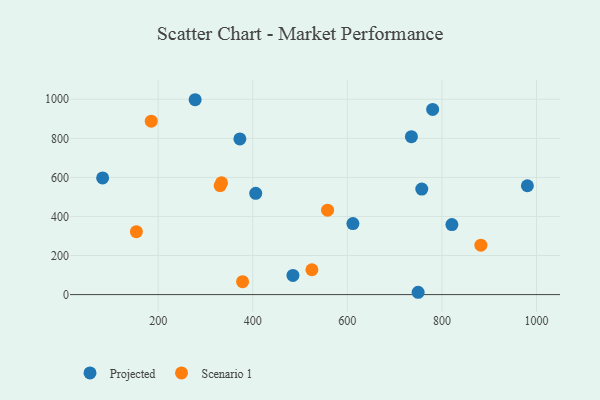
{"axis": {"x": "Engine Size", "y": "Yield"}, "legend": ["Projected", "Scenario 1"], "data": [{"x": "980.7", "y": 557.3, "type": "Projected"}, {"x": "406.3", "y": 518.6, "type": "Projected"}, {"x": "611.8", "y": 363.5, "type": "Projected"}, {"x": "821.1", "y": 358.3, "type": "Projected"}, {"x": "735.5", "y": 808.4, "type": "Projected"}, {"x": "757.4", "y": 540.4, "type": "Projected"}, {"x": "278.2", "y": 997.7, "type": "Projected"}, {"x": "372.8", "y": 797.2, "type": "Projected"}, {"x": "749.7", "y": 11.9, "type": "Projected"}, {"x": "780.4", "y": 948.1, "type": "Projected"}, {"x": "485.0", "y": 98.0, "type": "Projected"}, {"x": "82.6", "y": 597.4, "type": "Projected"}, {"x": "331.1", "y": 558.3, "type": "Scenario 1"}, {"x": "558.2", "y": 432.1, "type": "Scenario 1"}, {"x": "185.4", "y": 888.1, "type": "Scenario 1"}, {"x": "154.0", "y": 322.4, "type": "Scenario 1"}, {"x": "378.5", "y": 66.0, "type": "Scenario 1"}, {"x": "525.1", "y": 127.1, "type": "Scenario 1"}, {"x": "334.0", "y": 572.0, "type": "Scenario 1"}, {"x": "882.4", "y": 253.2, "type": "Scenario 1"}]}